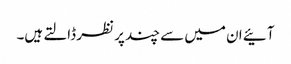
آئیے ان میں سے چند پر نظر ڈالتے ہیں۔